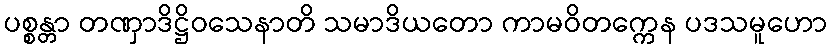
ပစ္စန္တာ တဏှာဒိဋ္ဌိဝသေနာတိ သမာဒိယတော ကာမဝိတက္ကေန ပဒသမူဟော